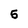
Character: 5